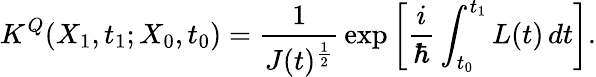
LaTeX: K^{Q}(X_{1},t_{1};X_{0},t_{0})={\frac{1}{J(t)^{\frac{1}{2}}}}\exp\left[{\frac{i}{\hbar}}\int_{t_{0}}^{t_{1}}L(t)\, dt\right].